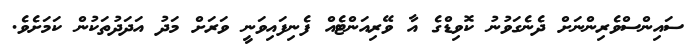
ސައިންސްވެރިންނަށް ދެނެގަވުނު ކޮވިޑްގެ އާ ވޭރިއަންޓެއް ފެނިފައިވަނީ ވަރަށް މަދު އަދަދުތަކުން ކަމަށެވެ.